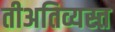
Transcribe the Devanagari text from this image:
तीअतिव्यस्त